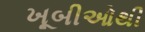
ખૂબીઓથી